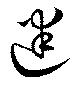
迷